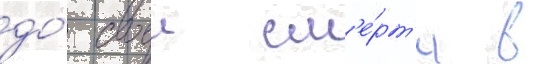
до́ своеи см'е́рт'и в